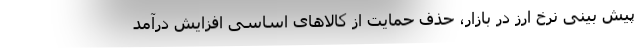
پیش بینی نرخ ارز در بازار، حذف حمایت از کالاهای اساسی افزایش درآمد